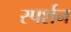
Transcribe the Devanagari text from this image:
स्पर्शन